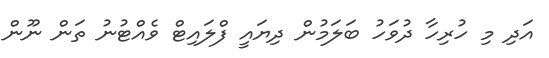
އަދި މި ހުރިހާ ދުވަހު ބަލަމުން ދިޔައީ ފްލައިޓް ވެއްޓުނު ތަން ނޫން